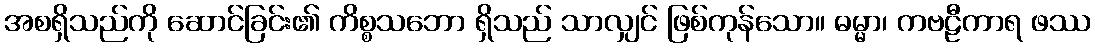
အစရှိသည်ကို ဆောင်ခြင်း၏ ကိစ္စသဘော ရှိသည် သာလျှင် ဖြစ်ကုန်သော။ ဓမ္မာ၊ ကဗဠီကာရ ဖဿ